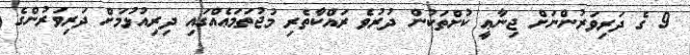
9 ގެ ދަރިވަރުންނަށް ޖިނާޢީ ކުށްތަކުން ދުރުވެ ރައްކާތެރި މުޖުތަމަޢެއްގައި ދިރިއުޅުމަށް ދަރިވަރުންގެ